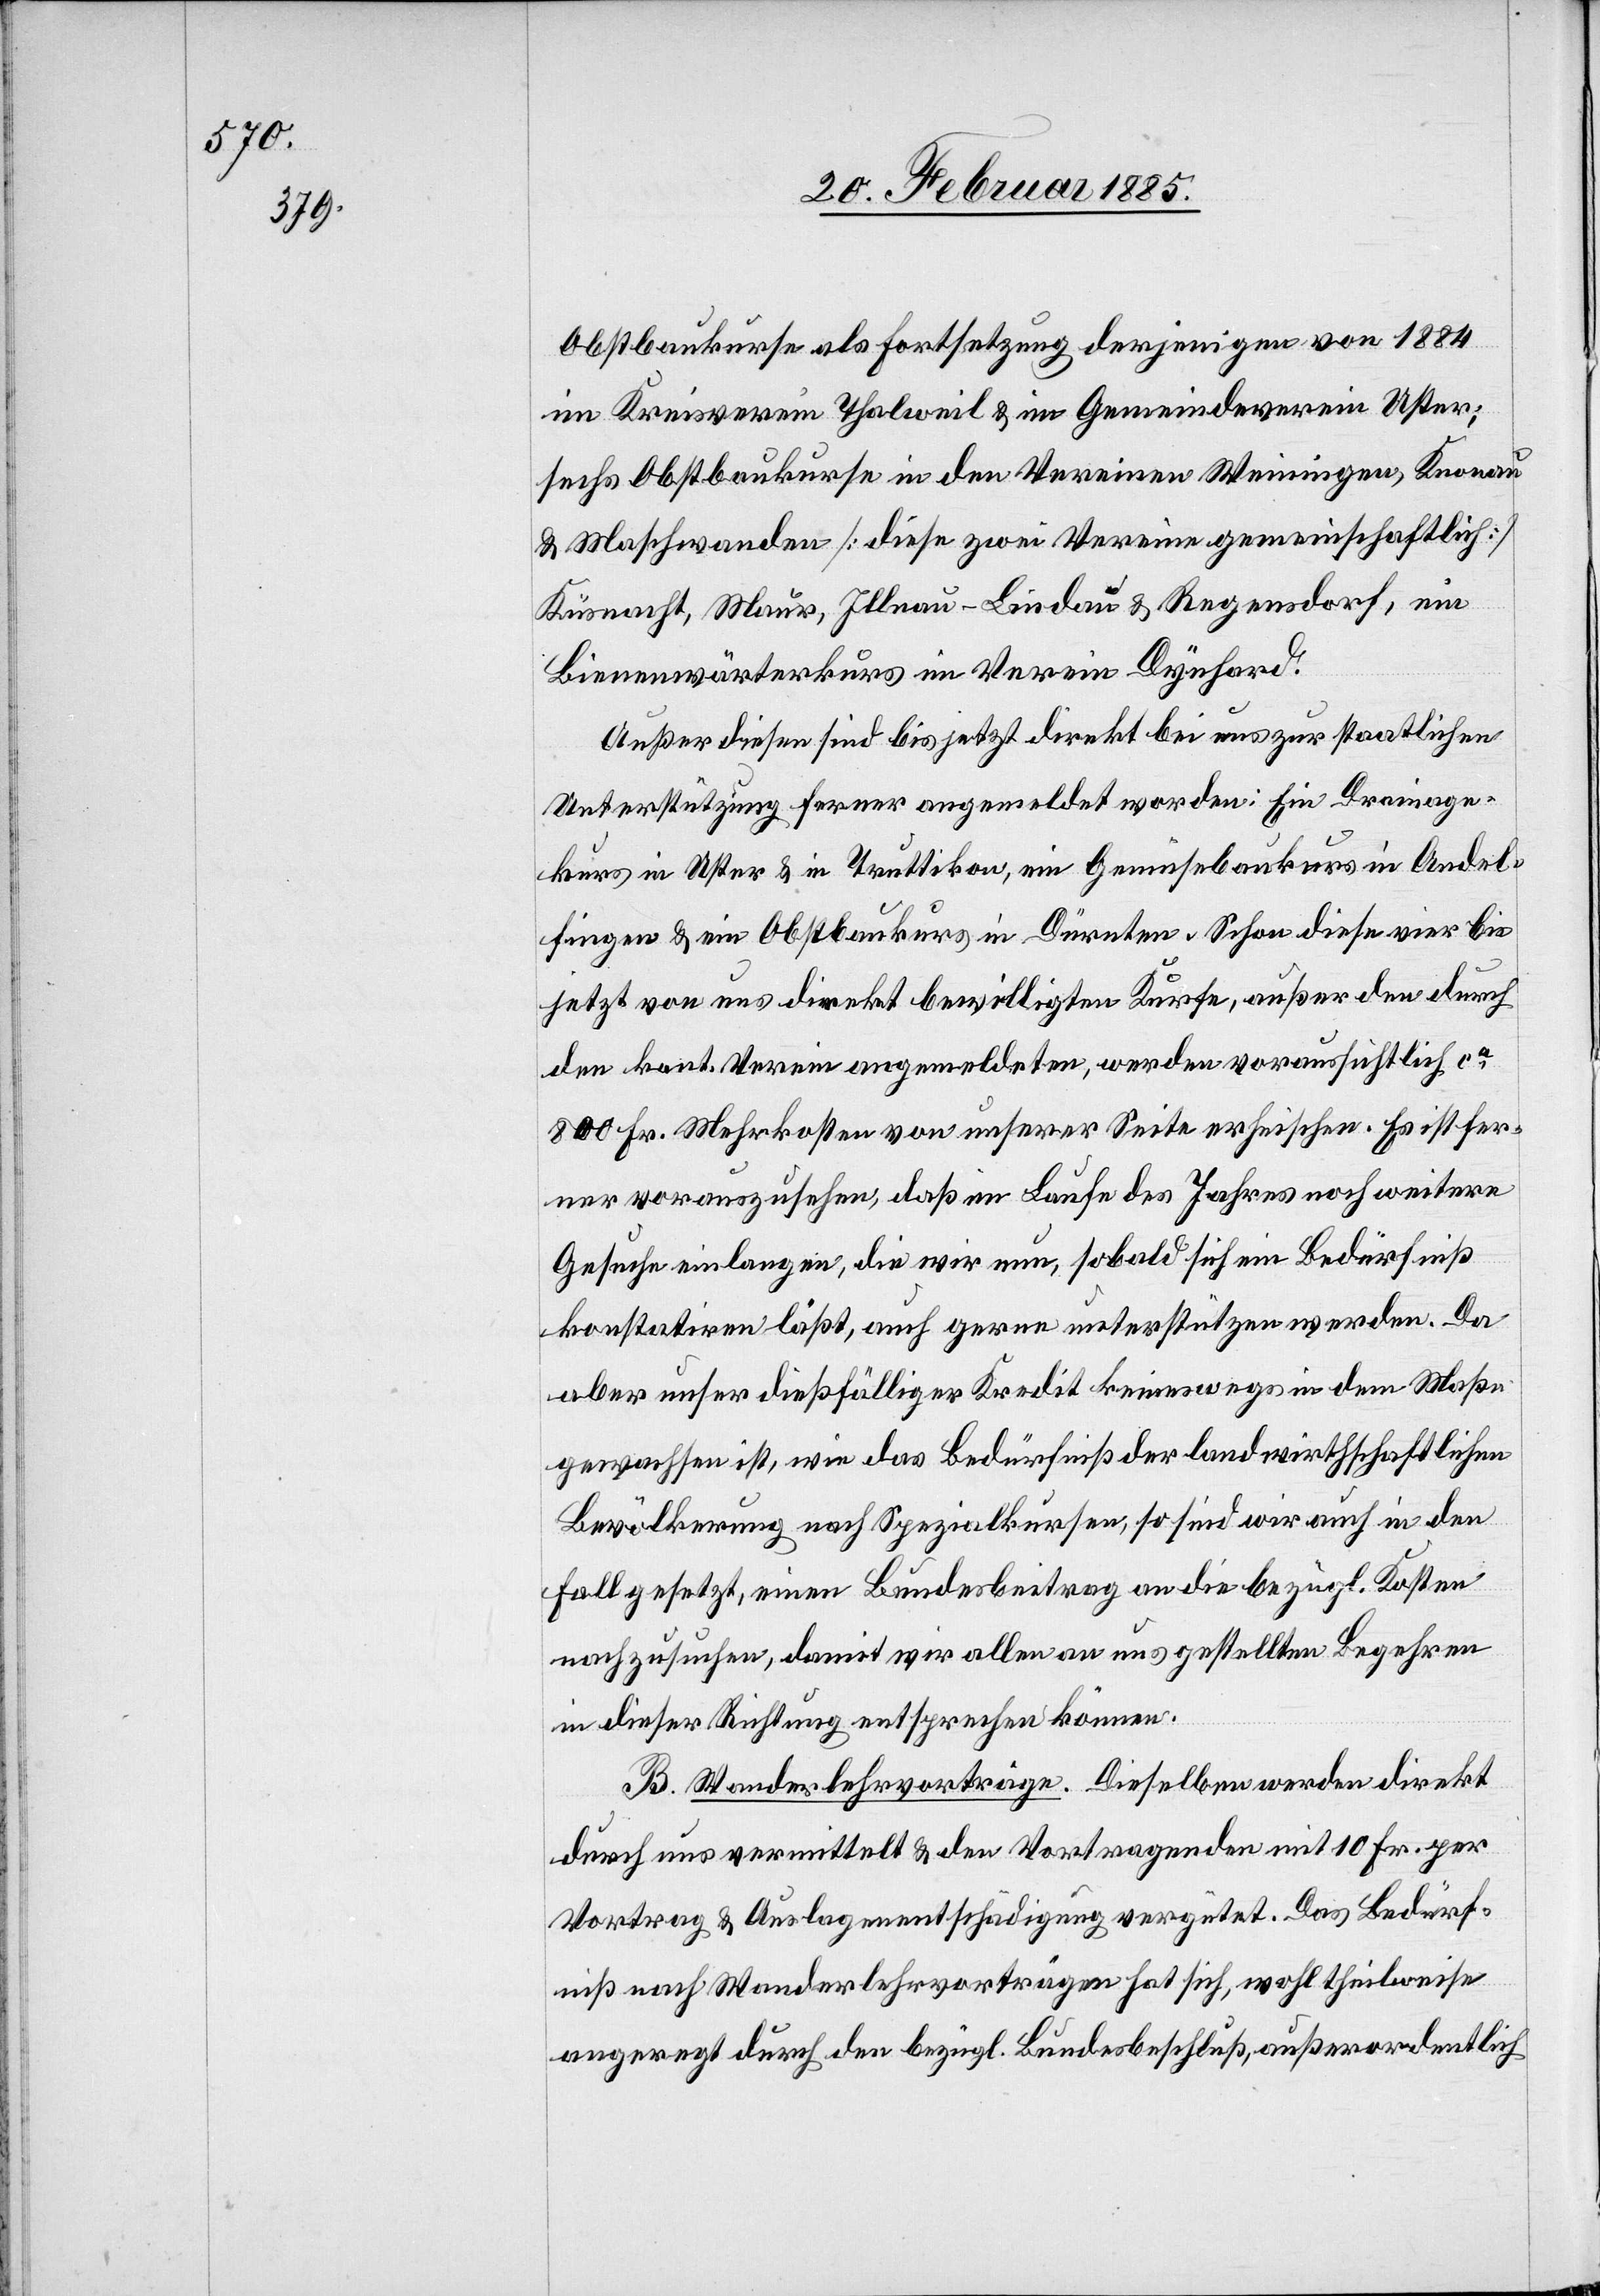
Obstbaukurse als Fortsetzung derjenigen von 1884
im Kreisverein Thalweil & im Gemeindeverein Uster;
sechs Obstbaukurse in den Vereinen Weiningen, Knonau
& Maschwanden [diese zwei Vereine gemeinschaftlich]
Küsnacht, Maur, Illnau-Lindau & Regendorf, ein
Bienenwärterkurs im Verein Dynhard.
Außer diesen sind bis jetzt direkt bei uns zur staatlichen
Unterstützung ferner angemeldet worden: ein Drainage¬
kurs in Uster & in Truttikon, ein Gemüsebaukurs in Andel¬
fingen & ein Obstbaukurs in Dürnten. Schon diese vier bis
jetzt von uns direkt bewilligten Kurse, außer den durch
den kant. Verein angemeldeten, werden voraussichtlich ca
800 Fr. Mehrkosten von unserer Seite erheischen. Es ist fer¬
ner vorauszusehen, daß im Laufe des Jahres noch weitere
Gesuche einlangen, die wir nun, sobald sich ein Bedürfniß
konstatiren läßt, auch gerne unterstützen werden. Da
aber unser dießfälliger Kredit keineswegs in dem Maße
gewachsen ist, wie das Bedürfniß der landwirthschaftlichen
Bevölkerung nach Spezialkursen, so sind wir auch in den
Fall gesetzt, einen Bundesbeitrag an die bezügl. Kosten
nachzusuchen, damit wir allen an uns gestellten Begehren
in dieser Richtung entsprechen können.
B. Wanderlehrvorträge. Dieselben werden direkt
durch uns vermittelt & den Vortragenden mit 10 Fr. per
Vortrag & Auslagenentschädigung vergütet. Das Bedürf¬
niß nach Wanderlehrvorträgen hat sich, wohl theilweise
angeregt durch den bezügl. Bundesbeschluß, außerordentlich